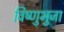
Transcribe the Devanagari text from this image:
विष्णुभुजा